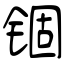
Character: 锢